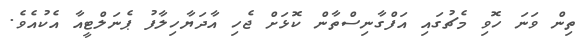
ތިން ވަނަ ހޮވި މެޗުގައި އަފްގާނިސްތާން ކޮޅަށް ޖެހި އާދަޔާހިލާފު ޕެނަލްޓީއާ އެކުއެވެ.